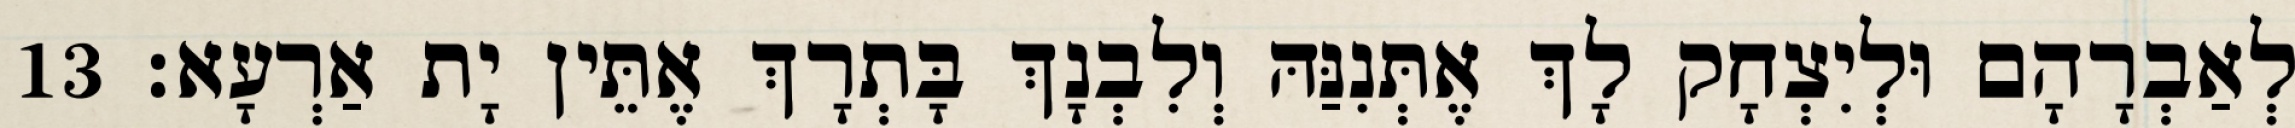
לְאַבְרָהָם וּלְיִצְחָק לָךְ אֶתְּנִנַּהּ וְלִבְנָךְ בָּתְרָךְ אֶתֵּין יָת אַרְעָא׃ 13